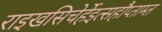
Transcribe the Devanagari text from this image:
राइखसिचेर्हेइत्सहौप्ताम्त